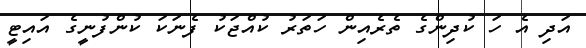
އަދި އެ ހަ ކުދިންގެ ތެރެއިން ހަތަރު ކުއްޖަކު ފެނަކަ ކުންފުނީގެ އައިޓީ